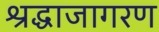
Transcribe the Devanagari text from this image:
श्रद्धाजागरण